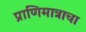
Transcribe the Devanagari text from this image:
प्राणिमात्राचा